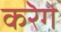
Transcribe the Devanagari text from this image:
करेॆगे